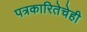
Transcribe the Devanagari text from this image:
पत्रकारितेचेही